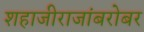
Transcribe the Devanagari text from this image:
शहाजीराजांबरोबर